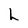
Character: l